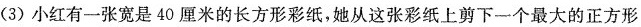
(3)小红有一张宽是40厘米的长方形彩纸，她从这张彩纸上剪下一个最大的正方形